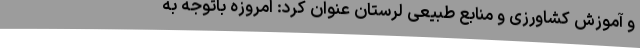
و آموزش کشاورزی و منابع طبیعی لرستان عنوان کرد: امروزه باتوجه به